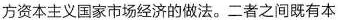
方资本主义国家市场经济的做法。二者之间既有本